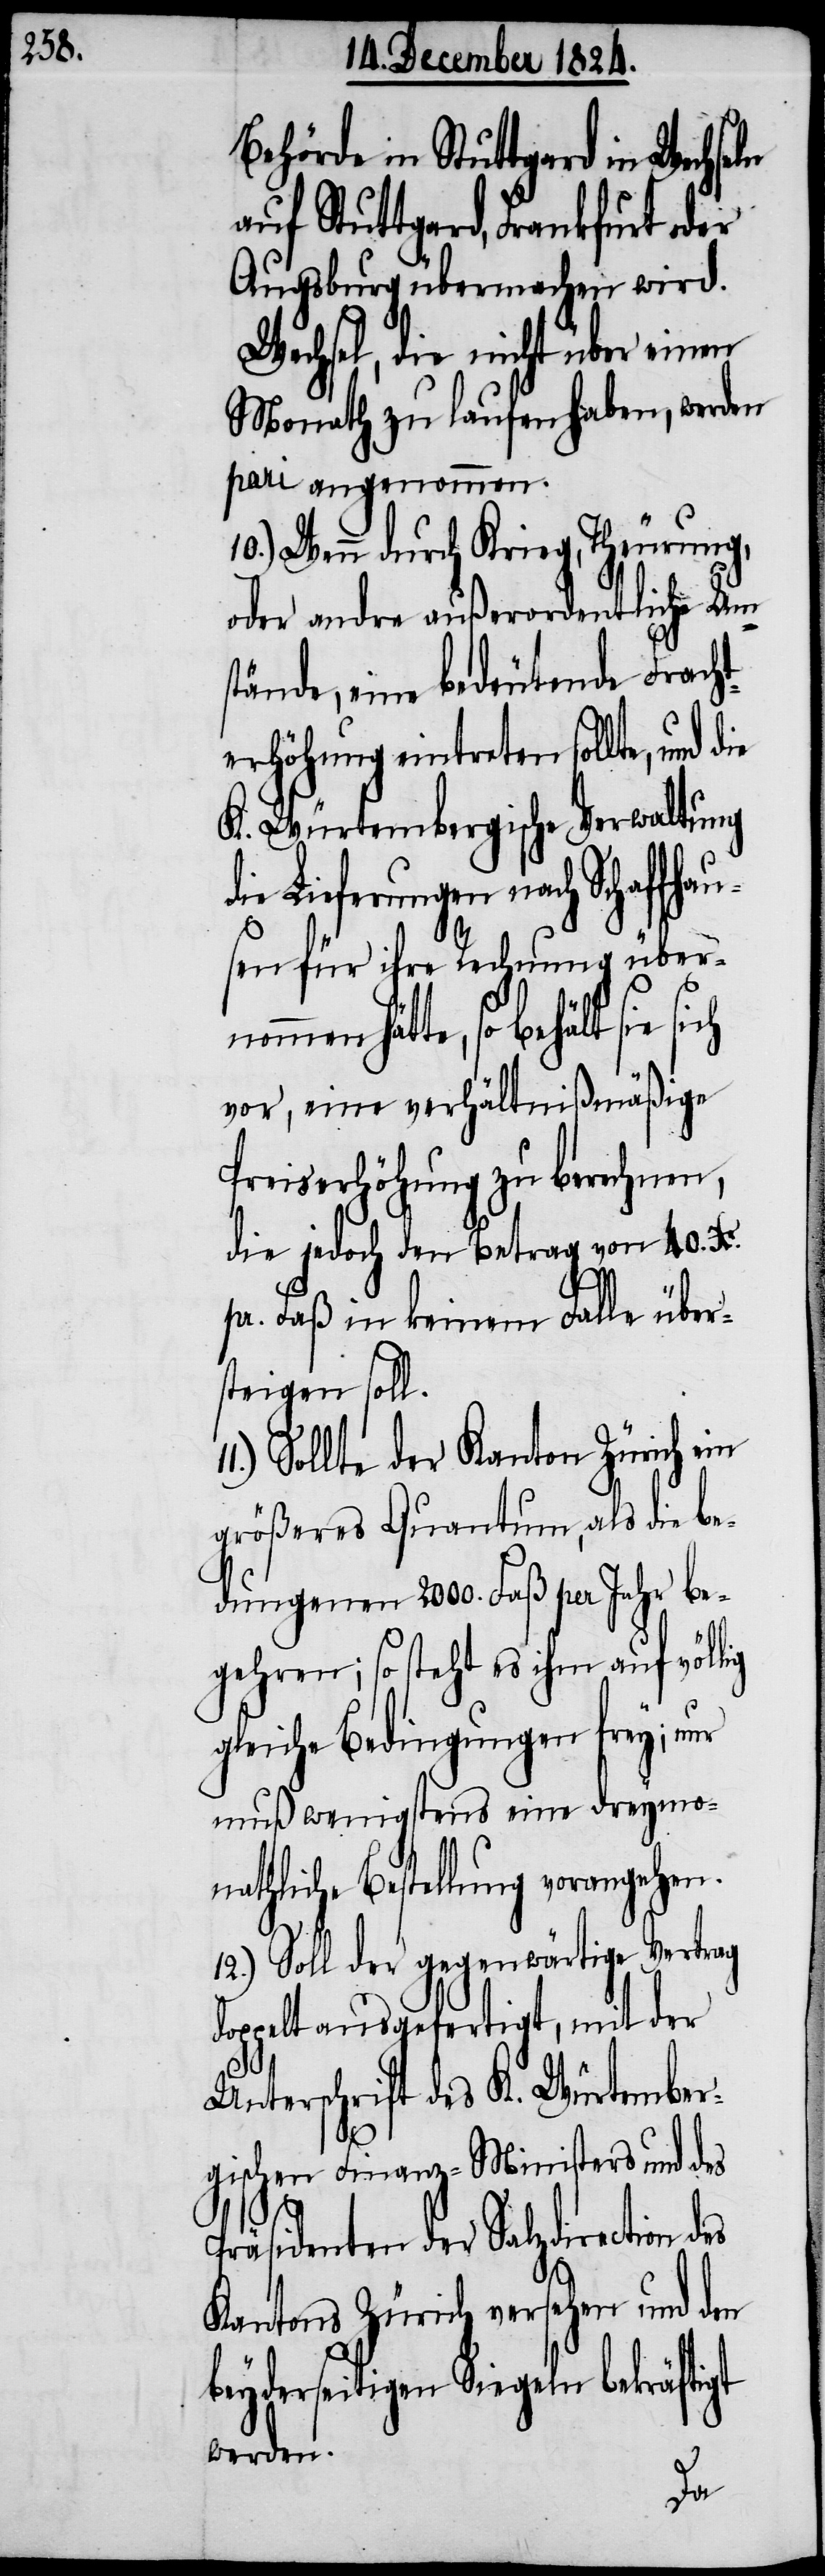
Behörde in Stuttgard in Wechse¬
auf Stuttgard, Frankfurt oder
Augsburg übermachen wird.
Wechsel, die nicht über einen
Monath zu laufen haben, werden
pari angenommen.
10.) Wenn durch Krieg, Theurung,
oder andre außerordentliche Um¬
stände, eine bedeutende Fracht¬
erhöhung eintreten sollte, und
K. Würtembergische Verwaltung
Lieferungen nach Schaffhau¬
sen für ihre Rechnung über¬
nommen hätte, so behält sie
vor, eine verhältnißmäßige
Preiserhöhung zu berechnen,
die jedoch den Betrag von 40. Xr.
pr. Faß in keinem Falle über¬
steigen soll.
Sollte der Kanton Zürich ein
größeres Quantum, als die be¬
dungenen 2000. Faß per Jahr be¬
ln
gehren; so steht es ihm auf völlig
gleiche Bedingungen frey; nur
muß wenigstens eine dreymo¬
nathliche Bestellung vorangehen.
12.) Soll der gegenwärtige Vertrag
doppelt ausgefertigt, mit der
Unterschrift des K. Würtember¬
gischen Finanz-Ministers und des
Präsidenten der Salzdirection des
Kantons Zürich versehen und den
beyderseitigen Siegeln bekräftigt
werden.